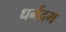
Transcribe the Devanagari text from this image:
धर्मदम